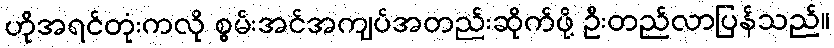
ဟိုအရင်တုံးကလို စွမ်းအင်အကျပ်အတည်းဆိုက်ဖို့ ဦးတည်လာပြန်သည်။